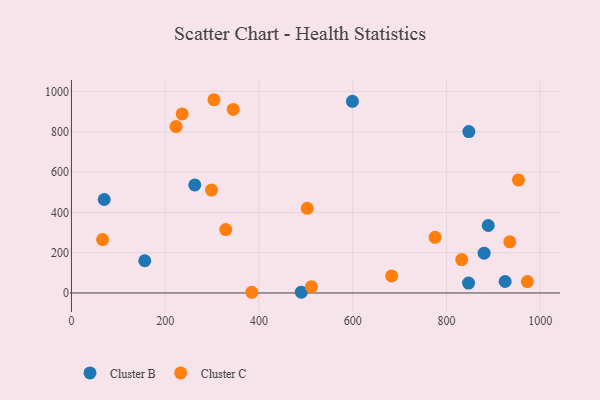
{"axis": {"x": "Investment", "y": "Yield"}, "legend": ["Cluster B", "Cluster C"], "data": [{"x": "847.7", "y": 800.8, "type": "Cluster B"}, {"x": "156.4", "y": 160.0, "type": "Cluster B"}, {"x": "889.1", "y": 334.8, "type": "Cluster B"}, {"x": "880.3", "y": 197.5, "type": "Cluster B"}, {"x": "490.4", "y": 4.1, "type": "Cluster B"}, {"x": "925.2", "y": 57.0, "type": "Cluster B"}, {"x": "599.4", "y": 951.1, "type": "Cluster B"}, {"x": "263.1", "y": 536.0, "type": "Cluster B"}, {"x": "69.9", "y": 463.8, "type": "Cluster B"}, {"x": "847.1", "y": 49.0, "type": "Cluster B"}, {"x": "345.1", "y": 910.8, "type": "Cluster C"}, {"x": "236.2", "y": 888.4, "type": "Cluster C"}, {"x": "329.2", "y": 314.4, "type": "Cluster C"}, {"x": "298.8", "y": 510.5, "type": "Cluster C"}, {"x": "683.0", "y": 84.6, "type": "Cluster C"}, {"x": "384.7", "y": 3.5, "type": "Cluster C"}, {"x": "223.1", "y": 825.6, "type": "Cluster C"}, {"x": "832.5", "y": 165.7, "type": "Cluster C"}, {"x": "935.1", "y": 253.8, "type": "Cluster C"}, {"x": "775.7", "y": 276.2, "type": "Cluster C"}, {"x": "503.0", "y": 420.0, "type": "Cluster C"}, {"x": "304.0", "y": 958.8, "type": "Cluster C"}, {"x": "953.5", "y": 560.9, "type": "Cluster C"}, {"x": "972.6", "y": 56.8, "type": "Cluster C"}, {"x": "511.9", "y": 31.1, "type": "Cluster C"}, {"x": "66.5", "y": 265.0, "type": "Cluster C"}]}